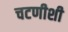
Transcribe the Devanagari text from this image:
चटणीशी